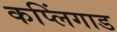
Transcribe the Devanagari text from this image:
कप्लिंगाड